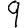
Digit: 9